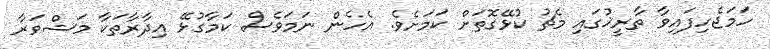
ހަމަޖެހިފައިވާ ތާރީޚުގައި މެޗު ކުޅޭގޮތަށް ކަމަށެވެ. އެހެން ނަމަވެސް ކަމާގުޅޭ އިދާރާތަކާ މަޝްވަރާ